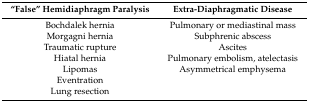
| “False” Hemidiaphragm Paralysis | Extra-Diaphragmatic Disease |
 | --- | --- |
 | Bochdalek hernia | Pulmonary or mediastinal mass |
 | Morgagni hernia | Subphrenic abscess |
 | Traumatic rupture | Ascites |
 | Hiatal hernia | Pulmonary embolism, atelectasis |
 | Lipomas | Asymmetrical emphysema |
 | Eventration |  |
 | Lung resection |  |